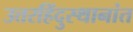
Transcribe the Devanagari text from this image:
उत्तरहिंदुस्थानांत